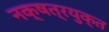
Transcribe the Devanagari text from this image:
नक्षत्रयुक्त